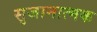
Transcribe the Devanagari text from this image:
सृजानात्मक